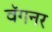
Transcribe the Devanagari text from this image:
वॅगनर